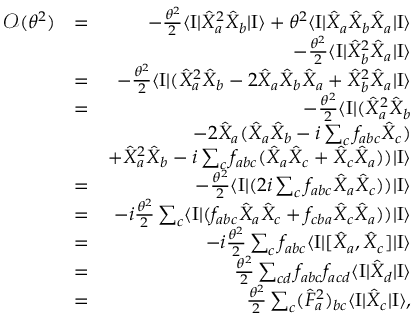
\begin{array} { r l r } { { \mathcal O } ( \theta ^ { 2 } ) } & { = } & { - \frac { \theta ^ { 2 } } { 2 } \langle \mathrm { I } | \hat { X } _ { a } ^ { 2 } \hat { X } _ { b } | \mathrm { I } \rangle + \theta ^ { 2 } \langle \mathrm { I } | \hat { X } _ { a } \hat { X } _ { b } \hat { X } _ { a } | \mathrm { I } \rangle } \\ & { } & { - \frac { \theta ^ { 2 } } { 2 } \langle \mathrm { I } | \hat { X } _ { b } ^ { 2 } \hat { X } _ { a } | \mathrm { I } \rangle } \\ & { = } & { - \frac { \theta ^ { 2 } } { 2 } \langle \mathrm { I } | ( \hat { X } _ { a } ^ { 2 } \hat { X } _ { b } - 2 \hat { X } _ { a } \hat { X } _ { b } \hat { X } _ { a } + \hat { X } _ { b } ^ { 2 } \hat { X } _ { a } | \mathrm { I } \rangle } \\ & { = } & { - \frac { \theta ^ { 2 } } { 2 } \langle \mathrm { I } | ( \hat { X } _ { a } ^ { 2 } \hat { X } _ { b } } \\ & { } & { - 2 \hat { X } _ { a } ( \hat { X } _ { a } \hat { X } _ { b } - i \sum _ { c } f _ { a b c } \hat { X } _ { c } ) } \\ & { } & { + \hat { X } _ { a } ^ { 2 } \hat { X } _ { b } - i \sum _ { c } f _ { a b c } ( \hat { X } _ { a } \hat { X } _ { c } + \hat { X } _ { c } \hat { X } _ { a } ) ) | \mathrm { I } \rangle } \\ & { = } & { - \frac { \theta ^ { 2 } } { 2 } \langle \mathrm { I } | ( 2 i \sum _ { c } f _ { a b c } \hat { X } _ { a } \hat { X } _ { c } ) ) | \mathrm { I } \rangle } \\ & { = } & { - i \frac { \theta ^ { 2 } } { 2 } \sum _ { c } \langle \mathrm { I } | ( f _ { a b c } \hat { X } _ { a } \hat { X } _ { c } + f _ { c b a } \hat { X } _ { c } \hat { X } _ { a } ) ) | \mathrm { I } \rangle } \\ & { = } & { - i \frac { \theta ^ { 2 } } { 2 } \sum _ { c } f _ { a b c } \langle \mathrm { I } | [ \hat { X } _ { a } , \hat { X } _ { c } ] | \mathrm { I } \rangle } \\ & { = } & { \frac { \theta ^ { 2 } } { 2 } \sum _ { c d } f _ { a b c } f _ { a c d } \langle \mathrm { I } | \hat { X } _ { d } | \mathrm { I } \rangle } \\ & { = } & { \frac { \theta ^ { 2 } } { 2 } \sum _ { c } ( \hat { F } _ { a } ^ { 2 } ) _ { b c } \langle \mathrm { I } | \hat { X } _ { c } | \mathrm { I } \rangle , } \end{array}